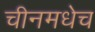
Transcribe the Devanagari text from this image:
चीनमधेच